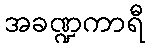
အခဏ္ဍကာရီ